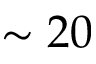
\sim 2 0